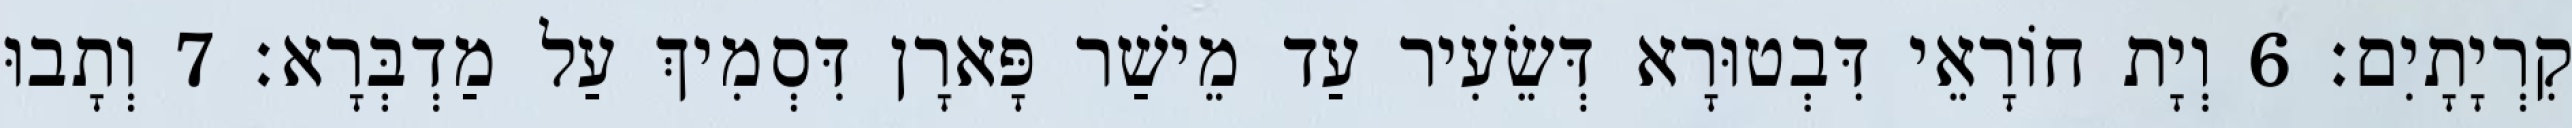
קִרְיָתָיִם׃ 6 וְיָת חוֹרָאֵי דִּבְטוּרָא דְּשֵׂעִיר עַד מֵישַׁר פָּארָן דִּסְמִיךְ עַל מַדְבְּרָא׃ 7 וְתָבוּ